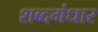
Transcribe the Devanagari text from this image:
शब्दगंधार